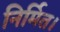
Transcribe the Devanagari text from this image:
निर्मित।